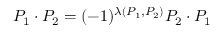
P _ { 1 } \cdot P _ { 2 } = ( - 1 ) ^ { \lambda ( P _ { 1 } , P _ { 2 } ) } P _ { 2 } \cdot P _ { 1 }